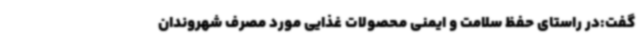
گفت:در راستای حفظ سلامت و ایمنی محصولات غذایی مورد مصرف شهروندان